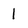
Character: 1